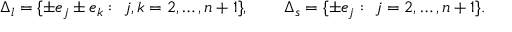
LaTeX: \Delta _ { l } = \{ \pm e _ { j } \pm e _ { k } : \ j , k = 2 , \ldots , n + 1 \} , \qquad \Delta _ { s } = \{ \pm e _ { j } : \ j = 2 , \ldots , n + 1 \} .